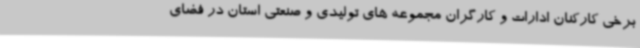
برخی کارکنان ادارات و کارگران مجموعه های تولیدی و صنعتی استان در فضای